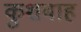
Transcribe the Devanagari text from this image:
कुशबाह